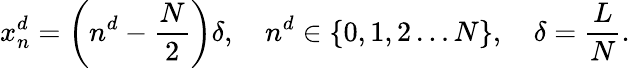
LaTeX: x_{n}^{d}=\left(n^{d}-\frac{N}{2}\right)\delta,\quad n^{d}\in\{ 0,1,2\dots N\} ,\quad\delta=\frac{L}{N}.